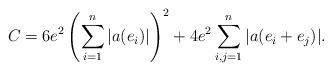
LaTeX: \begin{align*}C=6e^2\left(\sum_{i=1}^{n}|a(e_i)|\right)^2 + 4e^2\sum_{i,j=1}^{n} |a(e_i+e_j)|.\end{align*}